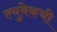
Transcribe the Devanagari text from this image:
ल्युबेकची